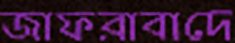
জাফরাবাদে